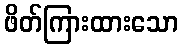
ဖိတ်ကြားထားသော